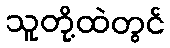
သူတို့ထဲတွင်